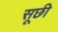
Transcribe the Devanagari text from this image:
सूछी